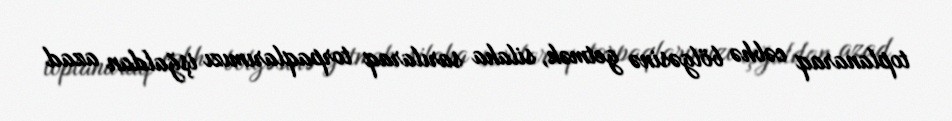
toplanaraq cəbhə bölgəsinə getmək, silaha sarılaraq torpaqlarımızı işğaldan azad